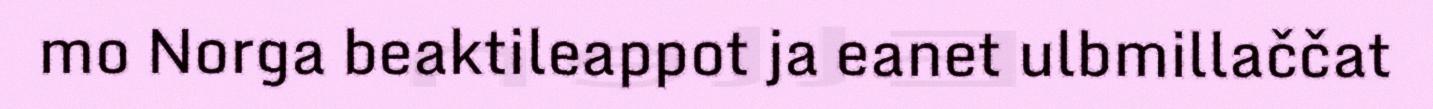
mo Norga beaktileappot ja eanet ulbmillaččat